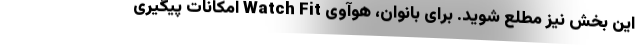
این بخش نیز مطلع شوید. برای بانوان، هوآوی Watch Fit امکانات پیگیری